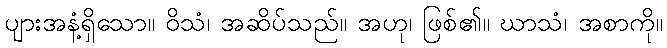
ပျားအနံ့ရှိသော။ ဝိသံ၊ အဆိပ်သည်။ အဟု၊ ဖြစ်၏။ ဃာသံ၊ အစာကို။